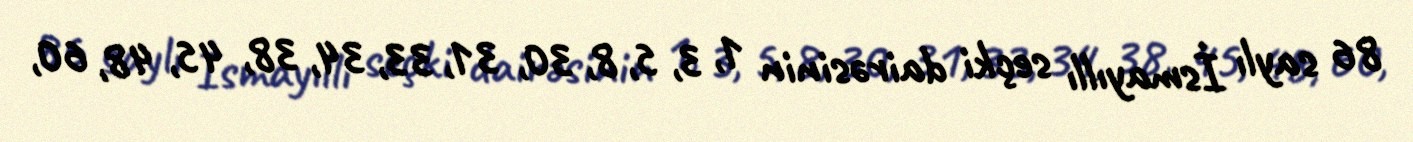
86 saylı İsmayıllı seçki dairəsinin 1, 3, 5, 8, 30, 31, 33, 34, 38, 45, 48, 60,